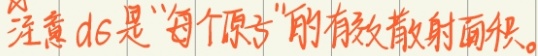
注意\(d\sigma\)是“每个原子”的有效散射面积。